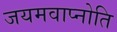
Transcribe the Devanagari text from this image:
जयमवाप्नोति